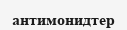
антимонидтер